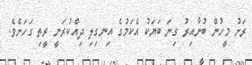
ރަށު މީހުން ބުނާއިރު ގިނަ ބަޔަކު އެކަމުގެ އިނގިލި ދިއްކުރަނީ ރީތި ގަހަށެވެ.